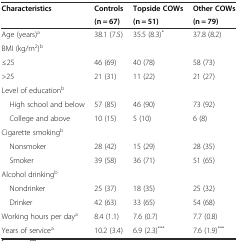
<table><thead><tr><td rowspan="2"><b>Characteristics</b></td><td><b>Controls</b></td><td><b>Topside COWs</b></td><td><b>Other COWs</b></td></tr><tr><td><b>(n = 67)</b></td><td><b>(n = 51)</b></td><td><b>(n = 79)</b></td></tr></thead><tbody><tr><td>Age (years)<sup>a</sup></td><td>38.1 (7.5)</td><td>35.5 (8.3)<sup>*</sup></td><td>37.8 (8.2)</td></tr><tr><td>BMI (kg/m<sup>2</sup>)<sup>b</sup></td><td></td><td></td><td></td></tr><tr><td>≤25</td><td>46 (69)</td><td>40 (78)</td><td>58 (73)</td></tr><tr><td>&gt;25</td><td>21 (31)</td><td>11 (22)</td><td>21 (27)</td></tr><tr><td>Level of education<sup>b</sup></td><td></td><td></td><td></td></tr><tr><td> High school and below</td><td>57 (85)</td><td>46 (90)</td><td>73 (92)</td></tr><tr><td> College and above</td><td>10 (15)</td><td>5 (10)</td><td>6 (8)</td></tr><tr><td>Cigarette smoking<sup>b</sup></td><td></td><td></td><td></td></tr><tr><td> Nonsmoker</td><td>28 (42)</td><td>15 (29)</td><td>28 (35)</td></tr><tr><td> Smoker</td><td>39 (58)</td><td>36 (71)</td><td>51 (65)</td></tr><tr><td>Alcohol drinking<sup>b</sup></td><td></td><td></td><td></td></tr><tr><td> Nondrinker</td><td>25 (37)</td><td>18 (35)</td><td>25 (32)</td></tr><tr><td> Drinker</td><td>42 (63)</td><td>33 (65)</td><td>54 (68)</td></tr><tr><td>Working hours per day<sup>a</sup></td><td>8.4 (1.1)</td><td>7.6 (0.7)</td><td>7.7 (0.8)</td></tr><tr><td>Years of service<sup>a</sup></td><td>10.2 (3.4)</td><td>6.9 (2.3)<sup>***</sup></td><td>7.6 (1.9)<sup>***</sup></td></tr></tbody></table>